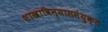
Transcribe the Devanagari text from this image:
शाखाविन्याससंयुक्त